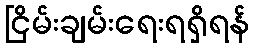
ငြိမ်းချမ်းရေးရရှိရန်